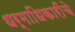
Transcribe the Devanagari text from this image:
धर्माधिकारींचे